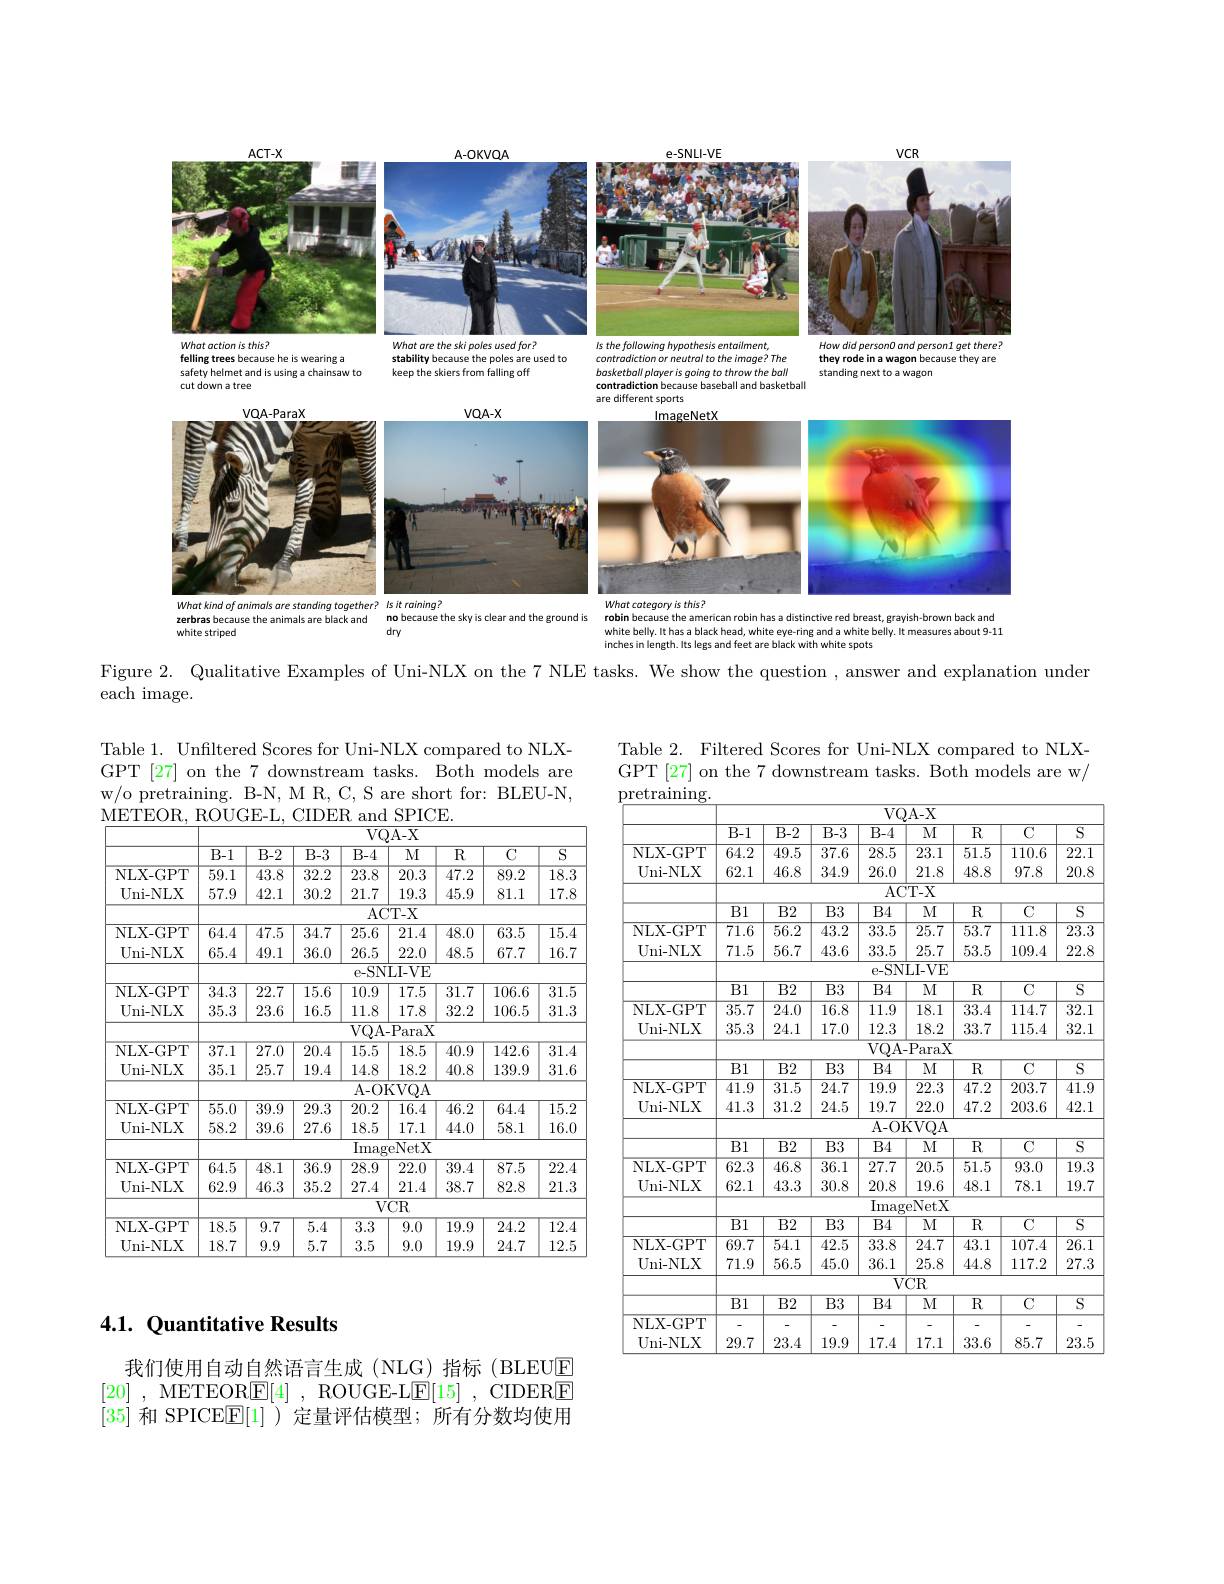
<FigureHere>

$A-OKVOA$

$e-SNII-VF$

How did person0 and person1 get there?

<FigureHere>
What are the ski poles used for?

$ACT-X$
<FigureHere>
felling trees because he is wearing a

Is the following hypothesis entailment

stability because the poles are used ta
keep the skiers from falling off

contradiction or neutral to the image? The

they rode in a wagon because they are
standing next to a wagor

safety helmet and is using a chainsaw
cut down a tree

throwthebal

basketball playeris qoinq

contradiction because baseball and basketbal

different sports

<FigureHere>

lmageNetX

What kind of animals are standing together? Is it raining?

because the sky is clear and the ground is

animals are black and

zerbras because

What cotegory is this?
robin because the american robin has a distinctive red breast, grayish-brown back and white belly. It has a black head, white eye-ring and a white belly. It measures about 9-11 inches in length. Its legs and feet are black with white spots

white striped

dry

Figure 2. Qualitative Examples of Uni-NLX on the 7 NLE tasks. We show the question , answer and explanation under
each image.

Table 2. Filtered Scores for Uni-NLX compared to NLXGPT[27] on the 7 downstream tasks. Both models are w/

Table 1. Unfiltered Scores for Uni-NLX compared to NLXGPT [27] on the 7 downstream tasks. Both models are w/o pretraining. B-N, M R, C, S are short for: BLEU-N, METEOR. ROUGE-L. CIDER and SPICE.

<table>
	<tbody>
		<tr>
			<th> </th>
			<th colspan="8">$VQA-X$</th>
		</tr>
		<tr>
			<th> </th>
			<th>$\overline{\text{B-1}}$</th>
			<th>$\overline{\text{B-2}}$</th>
			<th>$B-3$</th>
			<th>$\overline{\text{B-4}}$</th>
			<th>$\overline{\mathrm{MI}}$</th>
			<th>$\overline{{\mathrm{R}}}$</th>
			<th>$\overline{\mathrm{C}}$</th>
			<th>$\overline{\mathrm{S}}$</th>
		</tr>
		<tr>
			<td>NLX- GPT</td>
			<td>$\overline{59.1}$</td>
			<td>$\overline{43.8}$</td>
			<td>32.2</td>
			<td>$\overline{23.8}$</td>
			<td>20.3</td>
			<td>47.2</td>
			<td>89.2</td>
			<td>$\overline{18.3}$</td>
		</tr>
		<tr>
			<td>Uni- NLX</td>
			<td>57.9</td>
			<td>42.1</td>
			<td>30.2</td>
			<td>21.7</td>
			<td>19.3</td>
			<td>45.9</td>
			<td>81.1</td>
			<td>17.8</td>
		</tr>
		<tr>
			<td> </td>
			<td> </td>
			<td> </td>
			<td> </td>
			<td>$\overline{\mathrm{AC}}$</td>
			<td>${:}\overline{\mathrm{T-X}}$</td>
			<td> </td>
			<td> </td>
			<td> </td>
		</tr>
		<tr>
			<td>NLX- GPT</td>
			<td>64.4</td>
			<td>$\overline{47.5}$</td>
			<td>34.7</td>
			<td>$\overline{25.6}$</td>
			<td>$\overline{21.4}$</td>
			<td>$\overline{48.0}$</td>
			<td>63.5</td>
			<td>$\overline{15.4}$</td>
		</tr>
		<tr>
			<td>Uni- NLX</td>
			<td>65.4</td>
			<td>49.1</td>
			<td>36.0</td>
			<td>26.5</td>
			<td>22.0</td>
			<td>48.5</td>
			<td>67.7</td>
			<td>16.7</td>
		</tr>
		<tr>
			<td> </td>
			<td> </td>
			<td> </td>
			<td> </td>
			<td>$e-SN$</td>
			<td>LI- VE</td>
			<td> </td>
			<td> </td>
			<td> </td>
		</tr>
		<tr>
			<td>NLX- GPT</td>
			<td>$\overline{34.3}$</td>
			<td>$\overline{22.7}$</td>
			<td>$\overline{15.6}$</td>
			<td>10.9</td>
			<td>$\overline{17.5}$</td>
			<td>$\overline{31.7}$</td>
			<td>106.6</td>
			<td>$\overline{31.5}$</td>
		</tr>
		<tr>
			<td>Uni- NLX</td>
			<td>35.3</td>
			<td>23.6</td>
			<td>16.5</td>
			<td>11.8</td>
			<td>17.8</td>
			<td>32.2</td>
			<td>106.5</td>
			<td>31.3</td>
		</tr>
		<tr>
			<td> </td>
			<td> </td>
			<td> </td>
			<td> </td>
			<td>$\overline{\mathrm{VQA}}.$</td>
			<td>$\overline{.\text{ParaX}}$</td>
			<td> </td>
			<td> </td>
			<td> </td>
		</tr>
		<tr>
			<td>NLX- GPT</td>
			<td>$\overline{37.1}$</td>
			<td>$\overline{27.0}$</td>
			<td>20.4</td>
			<td>$\overline{15.5}$</td>
			<td>$\overline{18.5}$</td>
			<td>40.9</td>
			<td>142.6</td>
			<td>$\overline{31.4}$</td>
		</tr>
		<tr>
			<td>Uni- NLX</td>
			<td>35.1</td>
			<td>25.7</td>
			<td>19.4</td>
			<td>14.8</td>
			<td>18.2</td>
			<td>40.8</td>
			<td>139.9</td>
			<td>31.6</td>
		</tr>
		<tr>
			<td> </td>
			<td> </td>
			<td> </td>
			<td> </td>
			<td>$\overline{\mathrm{A-OI}}$</td>
			<td>KVQA</td>
			<td> </td>
			<td> </td>
			<td> </td>
		</tr>
		<tr>
			<td>NLX- GPT</td>
			<td>$\overline{55.0}$</td>
			<td>39.9</td>
			<td>29.3</td>
			<td>20.2</td>
			<td>$\overline{16.4}$</td>
			<td>46.2</td>
			<td>64.4</td>
			<td>$\overline{15.2}$</td>
		</tr>
		<tr>
			<td>Uni- NLX</td>
			<td>58.2</td>
			<td>39.6</td>
			<td>27.6</td>
			<td>18.5</td>
			<td>17.1</td>
			<td>44.0</td>
			<td>58.1</td>
			<td>16.0</td>
		</tr>
		<tr>
			<td> </td>
			<td> </td>
			<td> </td>
			<td> </td>
			<td>$\overline{\mathrm{Ima}};$</td>
			<td>eNetX</td>
			<td> </td>
			<td> </td>
			<td> </td>
		</tr>
		<tr>
			<td>NLX- GPT</td>
			<td>$\overline{64.5}$</td>
			<td>48.1</td>
			<td>36.9</td>
			<td>28.9</td>
			<td>22.0</td>
			<td>39.4</td>
			<td>87.5</td>
			<td>$\overline{22.4}$</td>
		</tr>
		<tr>
			<td>Uni- NLX</td>
			<td>62.9</td>
			<td>46.3</td>
			<td>35.2</td>
			<td>27.4</td>
			<td>21.4</td>
			<td>38.7</td>
			<td>82.8</td>
			<td>21.3</td>
		</tr>
		<tr>
			<td> </td>
			<td> </td>
			<td> </td>
			<td> </td>
			<td>$\overline{V}$</td>
			<td>$\overline{\mathrm{CR}}$</td>
			<td> </td>
			<td> </td>
			<td> </td>
		</tr>
		<tr>
			<td>NLX- GPT</td>
			<td>$\overline{18.5}$</td>
			<td>$\overline{9.7}$</td>
			<td>$\overline{5.4}$</td>
			<td>$\overline{3.3}$</td>
			<td>9.0</td>
			<td>19.9</td>
			<td>24.2</td>
			<td>$\overline{12.4}$</td>
		</tr>
		<tr>
			<td>Uni- NLX</td>
			<td>18.7</td>
			<td>9.9</td>
			<td>5.7</td>
			<td>3.5</td>
			<td>9.0</td>
			<td>19.9</td>
			<td>24.7</td>
			<td>12.5</td>
		</tr>
	</tbody>
</table>

<table>
	<tbody>
		<tr>
			<th> </th>
			<th colspan="8">$\overline{\mathrm{VQA-X}}$</th>
		</tr>
		<tr>
			<th> </th>
			<th>$\overline{\text{B-1}}$</th>
			<th>$\overline{\text{B-2}}$</th>
			<th>$\overline{{\mathrm{B-3}}}$</th>
			<th>$B-4$</th>
			<th>$M$</th>
			<th>${\overline{R}}$</th>
			<th>$\overline{\mathrm{C}}$</th>
			<th>$\overline{S}$</th>
		</tr>
		<tr>
			<td>NLX- GPT</td>
			<td>64.2</td>
			<td>$\overline{49.5}$</td>
			<td>$\overline{37.6}$</td>
			<td>28.5</td>
			<td>$\overline{23.1}$</td>
			<td>$\overline{51.5}$</td>
			<td>110.6</td>
			<td>$\overline{22.1}$</td>
		</tr>
		<tr>
			<td>Uni- NLX</td>
			<td>62.1</td>
			<td>46.8</td>
			<td>34.9</td>
			<td>26.0</td>
			<td>21.8</td>
			<td>48.8</td>
			<td>97.8</td>
			<td>20.8</td>
		</tr>
		<tr>
			<td> </td>
			<td> </td>
			<td> </td>
			<td> </td>
			<td>$\overline{AC}$</td>
			<td>$\overline{\text{T-X}}$</td>
			<td> </td>
			<td> </td>
			<td> </td>
		</tr>
		<tr>
			<td> </td>
			<td>$\overline{\text{B}1}$</td>
			<td>$B2$</td>
			<td>$\overline{\text{B}3}$</td>
			<td>$B4$</td>
			<td>$M$</td>
			<td>$\overline{\mathrm{R}}$</td>
			<td>$\overline{\mathrm{C}}$</td>
			<td>$\overline{S}$</td>
		</tr>
		<tr>
			<td>NLX- GPT</td>
			<td>71.6</td>
			<td>$\overline{56.2}$</td>
			<td>43.2</td>
			<td>33.5</td>
			<td>$\overline{25.7}$</td>
			<td>$\overline{53.7}$</td>
			<td>111.8</td>
			<td>$\overline{23.3}$</td>
		</tr>
		<tr>
			<td>Uni- NLX</td>
			<td>71.5</td>
			<td>56.7</td>
			<td>43.6</td>
			<td>33.5</td>
			<td>25.7</td>
			<td>53.5</td>
			<td>109.4</td>
			<td>22.8</td>
		</tr>
		<tr>
			<td> </td>
			<td> </td>
			<td> </td>
			<td> </td>
			<td>$e-SN$</td>
			<td>LI- VE</td>
			<td> </td>
			<td> </td>
			<td> </td>
		</tr>
		<tr>
			<td> </td>
			<td>$\overline{\text{B}1}$</td>
			<td>$B2$</td>
			<td>$\overline{\text{B}3}$</td>
			<td>$B4$</td>
			<td>$M$</td>
			<td>$\overline{{\mathrm{R}}}$</td>
			<td>$\overline{\mathrm{C}}$</td>
			<td>$\overline{S}$</td>
		</tr>
		<tr>
			<td rowspan="4">NLX- GPT Uni- NLX</td>
			<td>$\overline{35.7}$</td>
			<td>$\overline{24.0}$</td>
			<td>16.8</td>
			<td>$\overline{11.9}$</td>
			<td>$\overline{18.1}$</td>
			<td>33.4</td>
			<td>114.7</td>
			<td>$\overline{32.1}$</td>
		</tr>
		<tr>
			<td>35.3</td>
			<td>24.1</td>
			<td>17.0</td>
			<td>12.3</td>
			<td>18.2</td>
			<td>33.7</td>
			<td>115.4</td>
			<td>32.1</td>
		</tr>
		<tr>
			<td> </td>
			<td> </td>
			<td> </td>
			<td>$\overline{VQA}.$</td>
			<td>$\overline{.\text{ParaX}}$</td>
			<td> </td>
			<td> </td>
			<td> </td>
		</tr>
		<tr>
			<td>$\overline{\text{B}1}$</td>
			<td>$B2$</td>
			<td>$\overline{\mathrm{B3}}$</td>
			<td>$\overline{\text{B}4}$</td>
			<td>M</td>
			<td>$\overline{\mathrm{R}}$</td>
			<td>$\overline{\mathrm{C}}$</td>
			<td>$\overline{S}$</td>
		</tr>
		<tr>
			<td rowspan="4">NLX-GPT Uni- NLX</td>
			<td>$\overline{41.9}$</td>
			<td>31.5</td>
			<td>24.7</td>
			<td>19.9</td>
			<td>22.3</td>
			<td>47.2</td>
			<td>203.7</td>
			<td>$\overline{41.9}$</td>
		</tr>
		<tr>
			<td>41.3</td>
			<td>31.2</td>
			<td>24.5</td>
			<td>19.7</td>
			<td>22.0</td>
			<td>47.2</td>
			<td>203.6</td>
			<td>42.1</td>
		</tr>
		<tr>
			<td>TI</td>
			<td>TL</td>
			<td>-</td>
			<td> </td>
			<td> </td>
			<td>TL</td>
			<td>TTT</td>
			<td>I</td>
		</tr>
		<tr>
			<td>12 n 1 </td>
			<td> </td>
			<td>1 T T 11</td>
			<td>A</td>
			<td>11</td>
			<td> </td>
			<td> </td>
			<td>C</td>
		</tr>
		<tr>
			<td>NI. X- GPT</td>
			<td>23 1</td>
			<td>$i\times$ 11 1 1 </td>
			<td>$kF$</td>
			<td>2.</td>
			<td>1h 1</td>
			<td>$F$ 1 1 1</td>
			<td>0.</td>
			<td> </td>
		</tr>
		<tr>
			<td>Uni- NLX</td>
			<td> </td>
			<td>1 I 1 43.2 </td>
			<td> </td>
			<td> </td>
			<td> </td>
			<td>1 18 </td>
			<td>11 $7\times$</td>
			<td> </td>
		</tr>
		<tr>
			<td> </td>
			<td>-</td>
			<td>PIU</td>
			<td>WIT</td>
			<td>m</td>
			<td>D</td>
			<td> </td>
			<td> </td>
			<td>111</td>
		</tr>
		<tr>
			<td> </td>
			<td>B1</td>
			<td>R2</td>
			<td>$R3$</td>
			<td>6644 $f^{\prime}$</td>
			<td>J. VVAL T 1</td>
			<td>$R$</td>
			<td> </td>
			<td>C 1</td>
		</tr>
		<tr>
			<td rowspan="4">NLX- GPT Uni- NLX</td>
			<td>-</td>
			<td>W M 1</td>
			<td>H</td>
			<td>1</td>
			<td>414 1/1</td>
			<td>44 1 $A^{\circ}.$</td>
			<td>107 $f^{\prime\prime}$</td>
			<td> </td>
		</tr>
		<tr>
			<td>1178 1 T</td>
			<td>TiL</td>
			<td>SUAL 1</td>
			<td>12 T n</td>
			<td>T 1 T</td>
			<td>TUAL 川 $f$</td>
			<td>LUI 1 1 1</td>
			<td>1 1 1</td>
		</tr>
		<tr>
			<td>414</td>
			<td>MUIN</td>
			<td>SVIN</td>
			<td>VIL</td>
			<td>WIL</td>
			<td>4415</td>
			<td>4411-</td>
			<td>- - - 11 141</td>
		</tr>
		<tr>
			<td>$R1$ 1 $\frac{1}{2}=\frac{1}{2}=\frac{1}{2}$</td>
			<td>$\mathrm{R}^{0}$</td>
			<td>R3</td>
			<td>$\mathrm{R}_{A}$</td>
			<td>$d1\psi$ M</td>
			<td>$R$</td>
			<td> </td>
			<td>G</td>
		</tr>
		<tr>
			<td>MT</td>
			<td>$W\bot$</td>
			<td>LL</td>
			<td>LU</td>
			<td>LI</td>
			<td>LVI</td>
			<td>$LV$</td>
			<td> </td>
			<td> </td>
		</tr>
		<tr>
			<td>NLX-GPI Uni- NLX</td>
			<td>29.7</td>
			<td>23.4</td>
			<td>19.9</td>
			<td>17.4</td>
			<td>- 17.1</td>
			<td>33.6</td>
			<td>85.7</td>
			<td>23.5</td>
		</tr>
		<tr>
			<td>Uni- NLX</td>
			<td>29.7</td>
			<td>23.4</td>
			<td>19.9</td>
			<td>17.4</td>
			<td>17.1</td>
			<td>33.6</td>
			<td>85.7</td>
			<td>23.5</td>
		</tr>
	</tbody>
</table>

# 4.1. Quantitative Results

我们使用自动自然语言生成(NLG)指标(BLEUE [20] , METEOR$\underline {{\mathrm{E} }}[ 4]$ , ROUGE- LE[15] , CIDER$\underline {{\mathrm{E} }}$ [35]和 SPICEE[1])定量评估模型；所有分数均使用